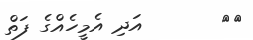
١٠       އަދި އެމީހެއްގެ ފަތް